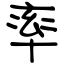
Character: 率